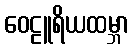
ဝေဠူရိယထမ္ဘာ